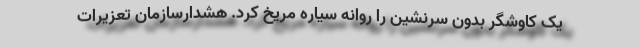
یک کاوشگر بدون سرنشین را روانه سیاره مریخ کرد. هشدارسازمان تعزیرات